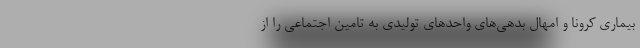
بیماری کرونا و امهال بدهی‌های واحدهای تولیدی به تامین اجتماعی را از